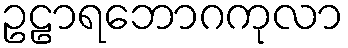
ဥဠာရဘောဂကုလာ